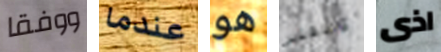
ووفقا عندما هو والتفكير اذى